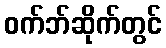
ဝက်ဘ်ဆိုက်တွင်